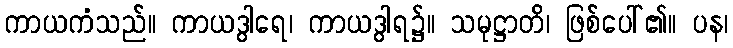
ကာယကံသည်။ ကာယဒွါရေ၊ ကာယဒွါရ၌။ သမုဋ္ဌာတိ၊ ဖြစ်ပေါ်၏။ ပန၊